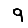
Digit: 9